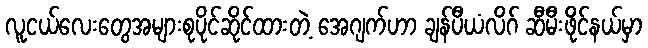
လူငယ်လေးတွေအများစုပိုင်ဆိုင်ထားတဲ့ အေဂျက်ဟာ ချန်ပီယံလိဂ် ဆီမီးဖိုင်နယ်မှာ